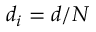
d _ { i } = d / N